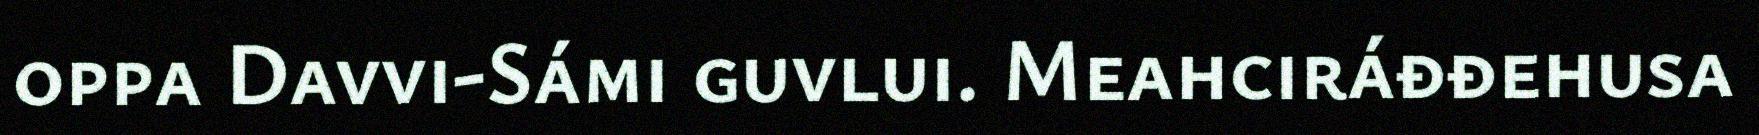
oppa Davvi-Sámi guvlui. Meahciráđđehusa